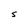
Character: S